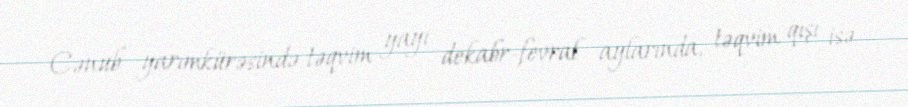
Cənub yarımkürəsində təqvim yayı dekabr-fevral aylarında, təqvim qışı isə